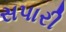
સપારી